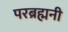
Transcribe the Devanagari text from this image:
परब्रह्मनी